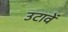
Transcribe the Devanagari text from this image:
उटावें